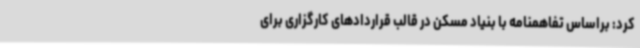
کرد: براساس تفاهمنامه با بنیاد مسکن در قالب قراردادهای کارگزاری برای